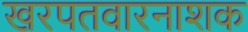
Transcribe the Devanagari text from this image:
खरपतवारनाशक